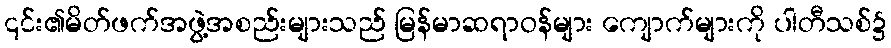
၎င်း၏မိတ်ဖက်အဖွဲ့အစည်းများသည် မြန်မာဆရာဝန်များ ကျောက်များကို ပါတီသစ်၌